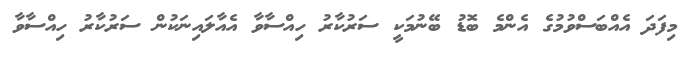
މިފަދަ އެއްބަސްވުމުގެ އެންމެ ބޮޑު ބޭނުމަކީ ސަރުކާރު ހިއްސާވާ އެއާލައިނަކުން ސަރުކާރު ހިއްސާވާ